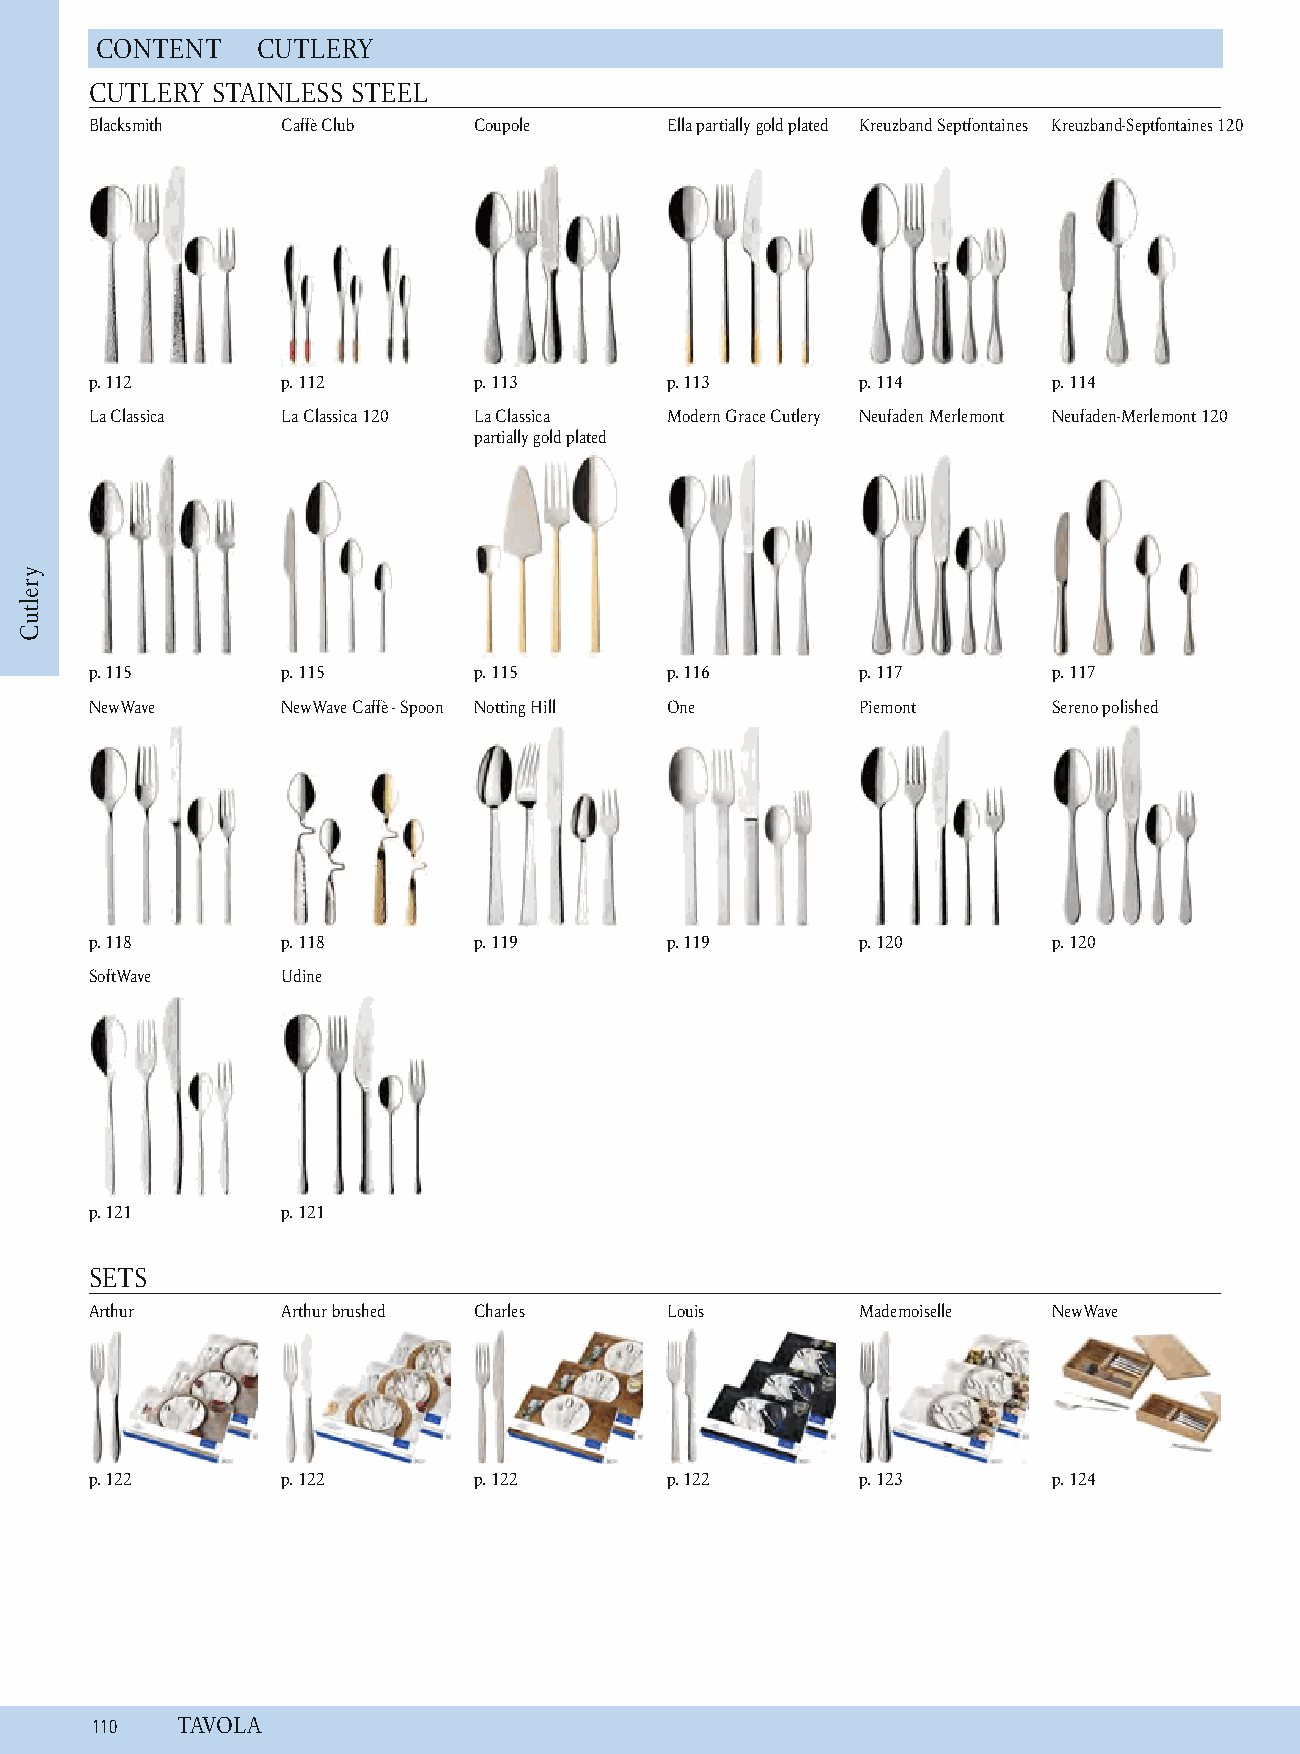
C ONTENT   C UTLERY
 CUTLERY STAINLESS STEEL
 Blacksmith   Caffè Club  Coupole      Ella partially gold plated Kreuzband Septfontaines Kreuzband-Septfontaines 120
 p. 1 12      p. 1 12     p. 1 13      p. 1 13      p. 114       p. 1 14
 La Classica  La Classica 120 La Classica Modern Grace Cutlery N eufaden Merlemont Neufaden-Merlemont 120
 partially gold plated
 p. 1 15      p. 1 15     p. 1 15      p. 1 16      p. 117       p. 1 17
 NewWave      NewWave Caffè - Spoon Notting Hill One Piemont     Sereno polished
 p. 1 18      p. 1 18     p. 1 19      p. 1 19      p. 120       p. 1 20
 SoftWave     Udine
 p. 1 21      p. 1 21
 SETS
 Arthur       Arthur brushed C harles  Louis        Mademoiselle NewWave
 p. 1 22      p. 1 22     p. 1 22      p. 1 22      p. 123       p. 1 24
 1 10  T AVOLA
 yreltuC